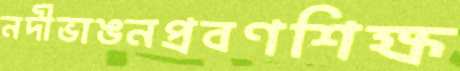
নদীভাঙনপ্রবণশিক্ষ